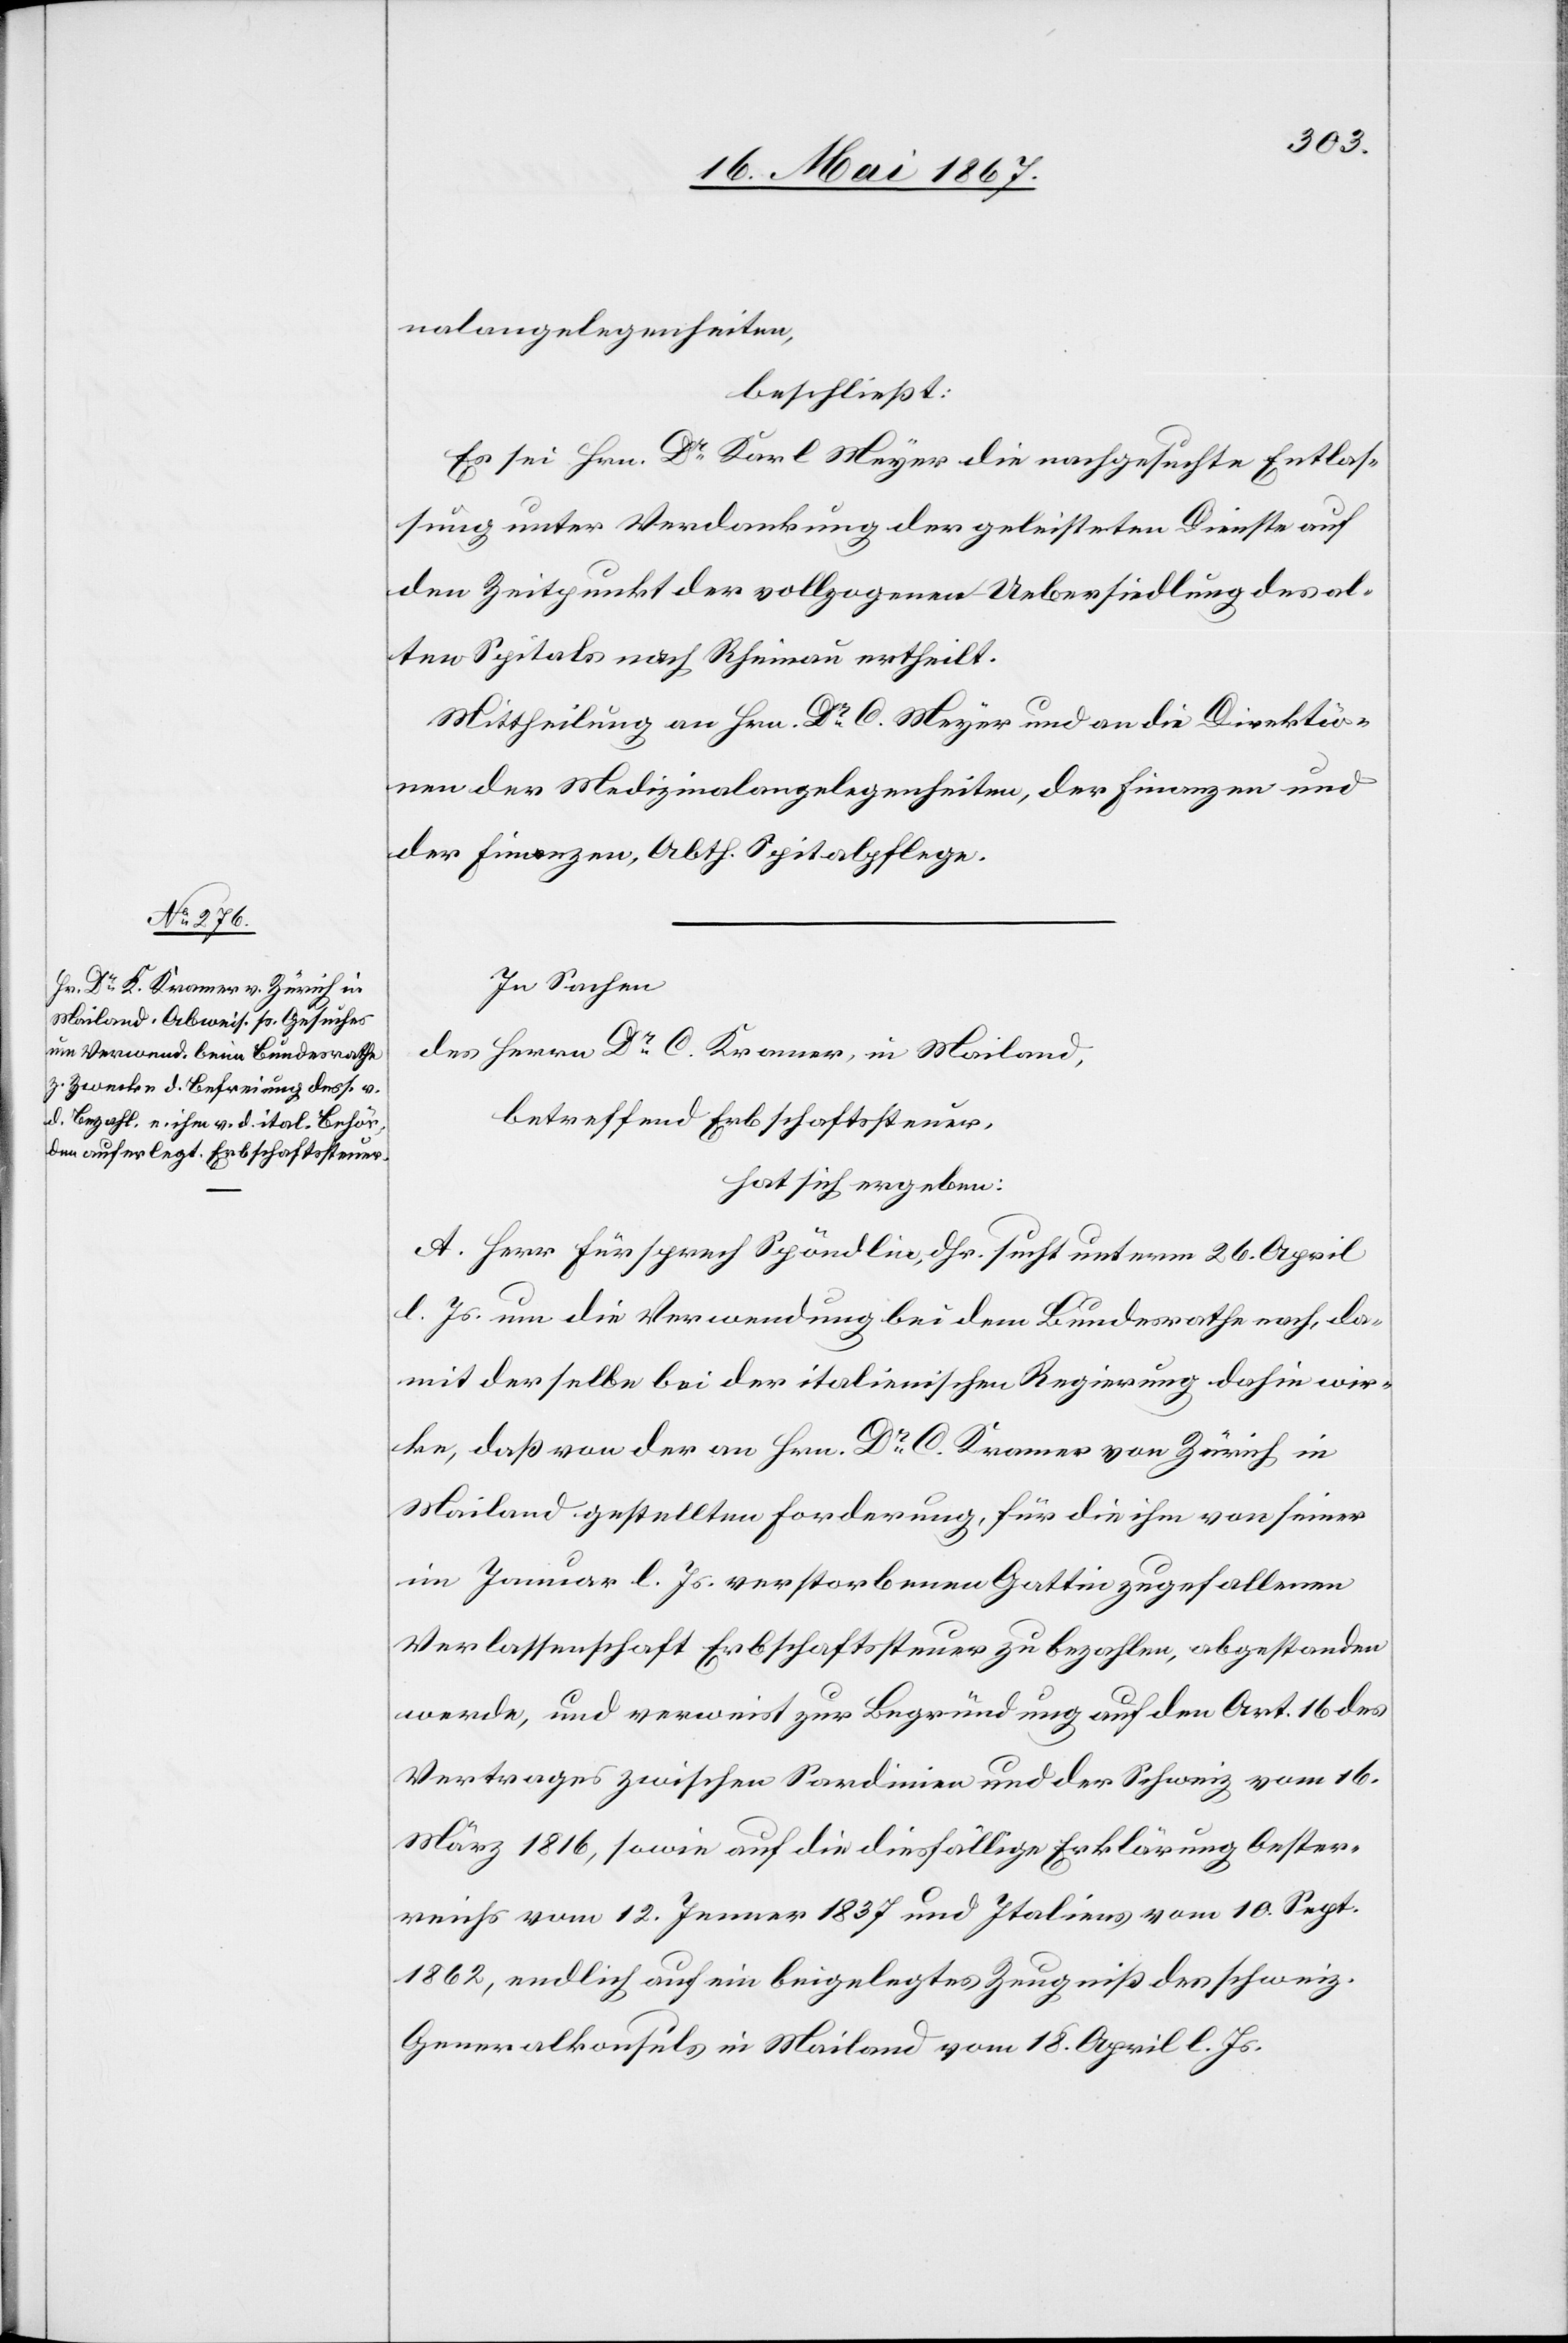
nalangelegenheiten,
beschließt:
Es sei Hrn. Dr. Karl Meyer die nachgesuchte Entlas¬
sung unter Verdankung der geleisteten Dienste auf
den Zeitpunkt der vollzogenen Uebersiedlung des al¬
ten Spitals nach Rheinau ertheilt.
Mittheilung an Hrn. Dr. C. Meyer und an die Direktio¬
nen der Medizinalangelegenheiten, der Finanzen und
der Finanzen, Abth. Spitalpflege.
In Sachen
des Herren Dr. C. Kramer, in Mailand,
betreffend Erbschaftssteuer,
hat sich ergeben:
A. Herr Fürsprech Spöndlin, dhr. sucht unterm 26. April
d. Js. um die Verwendung bei dem Bundesrathe nach, da¬
mit derselbe bei der italienischen Regierung dahin wir¬
ke, daß von der an Hrn. Dr. C. Kramer von Zürich in
Mailand gestellten Forderung, für die ihm von seiner
im Januar l. Js. verstorbenen Gattin zugefallenen
Verlassenschaft Erbschaftssteuer zu bezahlen, abgestanden
werde, und verweist zur Begründung auf den Art. 16 des
Vertrages zwischen Sardinien und der Schweiz vom 16.
März 1816, sowie auf die diesfällige Erklärung Oester¬
reichs vom 12. Jenner 1837 und Italiens vom 10. Sept.
1862, endlich auf ein beigelegtes Zeugniß des schweiz.
Generalkonsuls in Mailand vom 18. April l. Js.